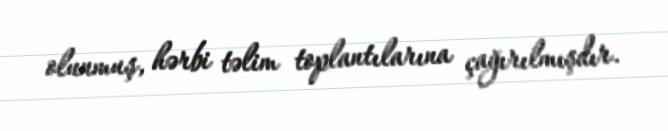
olunmuş, hərbi təlim toplantılarına çağırılmışdır.